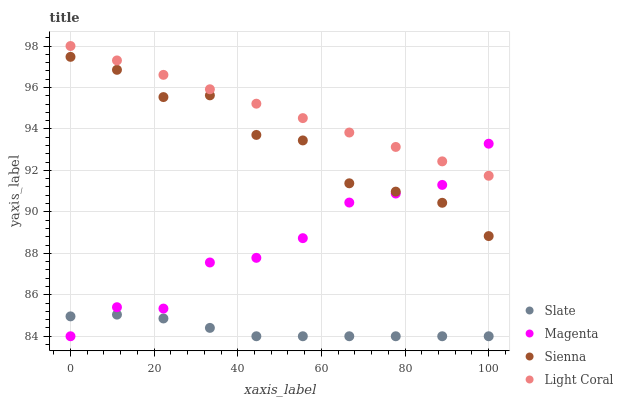
| xaxis_label | Slate | Magenta | Sienna | Light Coral |
 | --- | --- | --- | --- | --- |
 | 0 | 85 | 84 | 97.5 | 98 |
 | 11.1 | 85 | 85.4 | 96.9 | 97.3 |
 | 22.2 | 84.9 | 85.3 | 95.5 | 96.6 |
 | 33.3 | 84.4 | 87.6 | 95.6 | 95.9 |
 | 44.4 | 84 | 87.8 | 93.7 | 95.2 |
 | 55.6 | 84 | 88.7 | 93.4 | 94.5 |
 | 66.7 | 84 | 90.4 | 91.4 | 93.8 |
 | 77.8 | 84 | 90.9 | 91 | 93.1 |
 | 88.9 | 84 | 91.3 | 90.4 | 92.4 |
 | 100 | 84 | 93.3 | 88.8 | 91.7 |